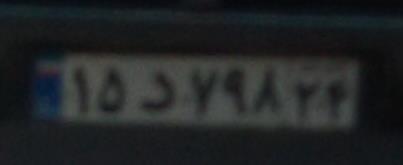
۱۵د۷۹۸۲۴